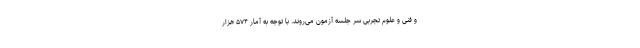
و فنی و علوم تجربی سر جلسه آزمون می‌روند. با توجه به آمار ۵۷۴ هزار